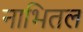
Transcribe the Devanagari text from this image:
नाभितल